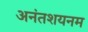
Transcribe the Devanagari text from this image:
अनंतशयनम